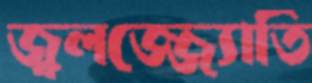
জ্বলজ্জ্যোতি